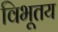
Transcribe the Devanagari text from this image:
विभूतय